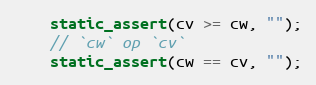
Language: C++
    static_assert(cv >= cw, "");
    // `cw` op `cv`
    static_assert(cw == cv, "");